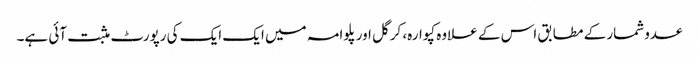
عدوشمار کے مطابق اس کے علاوہ کپوارہ، کرگل اور پلوامہ میں ایک ایک کی رپورٹ مثبت آئی ہے۔